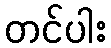
တင်ပါး